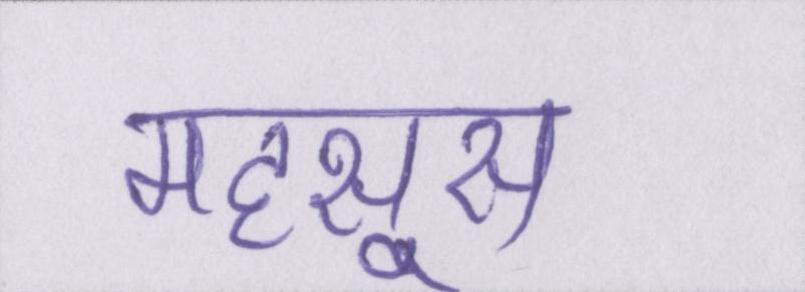
महसूस